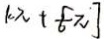
k \pi + \frac { 5 } { 6 } \pi ]